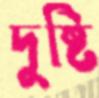
দুষ্টি